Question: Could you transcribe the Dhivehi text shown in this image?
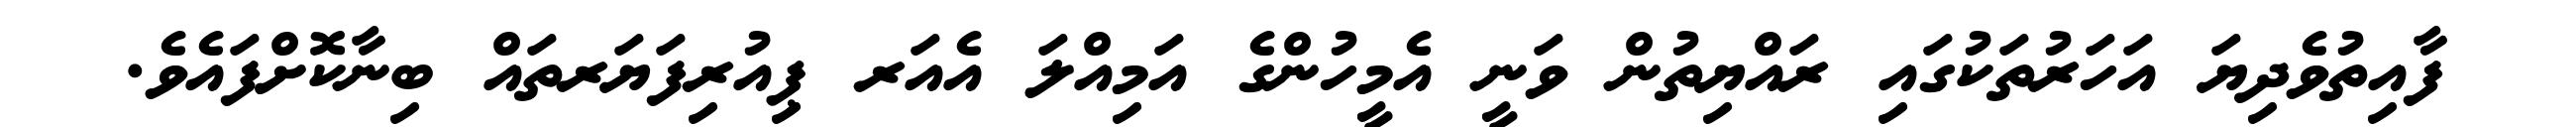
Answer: ފާއިތުވެދިޔަ އަހަރުތަކުގައި ރައްޔިތުން ވަނީ އެމީހުންގެ އަމިއްލަ އެއަރ ޕިއުރިފަޔަރތައް ބިނާކޮށްފައެވެ.